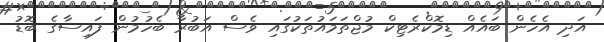
އަދި އެހެން ބައެއް ޑިމޮކްރެޓިކް މުޖްތަމައުތަކުގައި ވެސް އަބުރާ ބެހުމުން ފައިސާގެ ބޮޑު